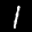
Label: 1